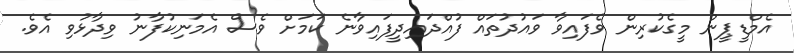
އެމްޑީޕީން މީގެކުރިން ވެފައިވާ ވައުދުތައް ފުއްދައިދީފައިވާނެ ކަމަށް ވެސް އެމަނިކުފާނު ވިދާޅުވި އެވެ.